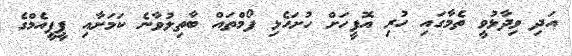
އަދި ވިދާޅުވީ ތެމާގައި ހުރި އޮފީހަށް ހުށަހެޅި ފޯމްތައް ބާތިލުވާނެ ކަމަށާއި ޕީޕީއެމްގެ